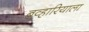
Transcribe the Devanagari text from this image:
बव्हारियाला